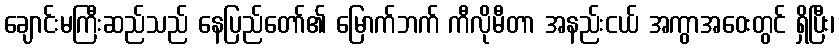
ချောင်းမကြီးဆည်သည် နေပြည်တော်၏ မြောက်ဘက် ကီလိုမီတာ အနည်းငယ် အကွာအဝေးတွင် ရှိပြီး၊